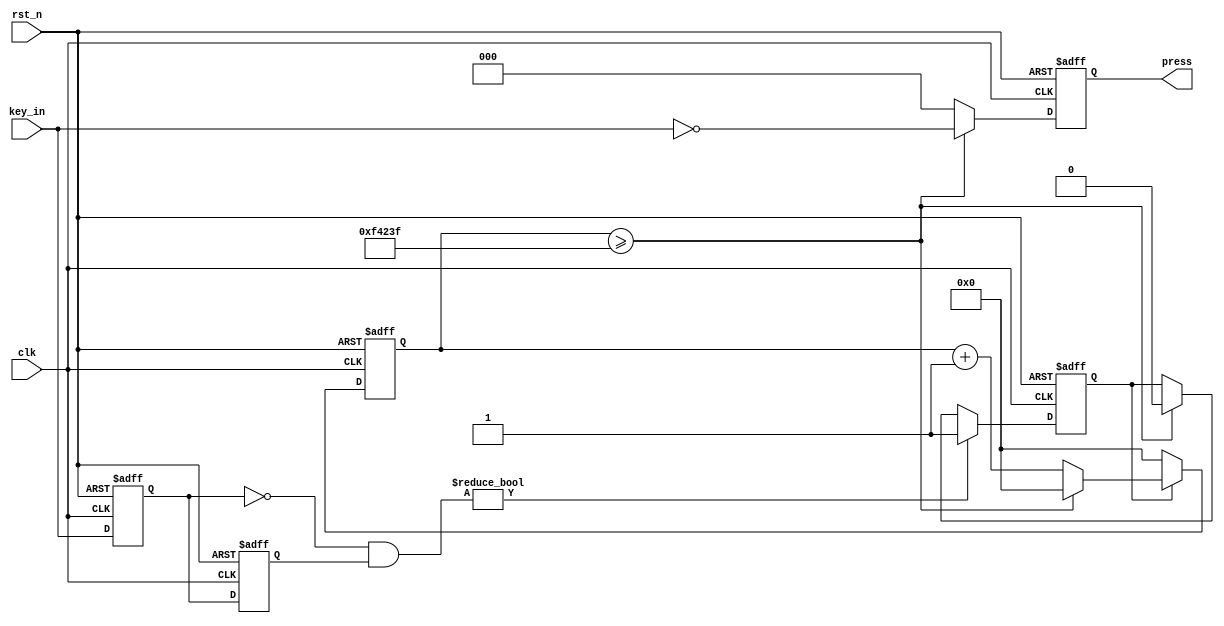
module key_filter #(parameter MS_20 = 20'd1000_000)(
    input                               clk         ,
    input                               rst_n       ,
    input           [ 2:0]              key_in      ,
  
    output  reg     [ 2:0]              press
);
// 

// 
    reg             [ 2:0]              key_0       ; // 
    reg             [ 2:0]              key_1       ; // 

    wire            [ 2:0]              key_nedge   ; // 
    reg                                 add_flag    ; // 
    reg             [19:0]              delay_cnt   ; // 

// 
    //
    always @(posedge clk or negedge rst_n) begin
        if (!rst_n) begin
            key_0 <= 'b1;
            key_1 <= 'b1;
        end
        else begin
            key_0 <= key_in;
            key_1 <= key_0;
        end
    end

    // 
    assign key_nedge = ~key_0 & key_1;

    // 
    always @(posedge clk or negedge rst_n) begin
        if (!rst_n) begin
            add_flag <= 'b0;
        end
        else if (key_nedge) begin
            add_flag <= 'b1;
        end
        else if (delay_cnt >= MS_20 - 1) begin
            add_flag <= 'b0;
        end
        else begin
            add_flag <= add_flag;
        end
    end

    // 20ms
    always @(posedge clk or negedge rst_n) begin
        if (!rst_n) begin
            delay_cnt <= 20'd0;
        end
        else if (add_flag) begin
            if (delay_cnt >= MS_20 - 1) begin
                delay_cnt <= 20'd0;
            end
            else begin
                delay_cnt <= delay_cnt + 1;
            end
        end
        else begin
            delay_cnt <= 20'd0;
        end
    end

    // 
    always @(posedge clk or negedge rst_n) begin
        if (!rst_n) begin
            press <= 'b0;
        end
        else if (delay_cnt >= MS_20 - 1) begin
            press <= ~key_in;
        end
        else begin
            press <= 'b0;
        end
    end

endmodule